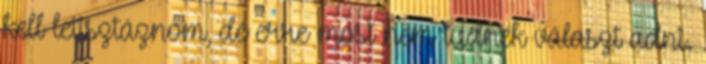
kell letisztáznom, de erre most nem tudnék választ adni.